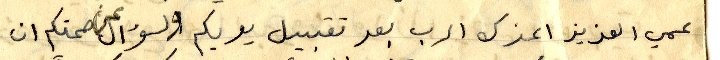
عمي العزيز اعزك الرب بعد تقبيل يديكم والسؤال عن صحتكم ان